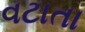
વટાતા